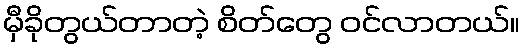
မှီခိုတွယ်တာတဲ့ စိတ်တွေ ဝင်လာတယ်။